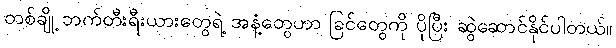
တစ်ချို့ ဘက်တီးရီးယားတွေရဲ့ အနံ့တွေဟာ ခြင်တွေကို ပိုပြီး ဆွဲဆောင်နိုင်ပါတယ်။